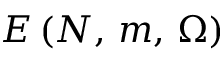
E \left( { N , \, m , \, \Omega } \right)